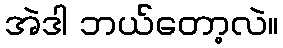
အဲဒါ ဘယ်တော့လဲ။